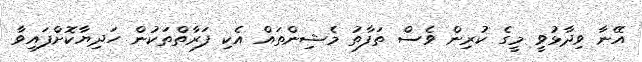
އޭނާ ވިދާޅުވީ މީގެ ކުރިން ވެސް ތަފާތު މެޝިންތައް އެކި ފަރާތްތަކުން ހަދިޔާކޮށްފައިވާ